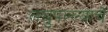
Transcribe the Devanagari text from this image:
लघुपल्ल्याचे